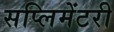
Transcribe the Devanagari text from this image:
सप्लिमेंटरी